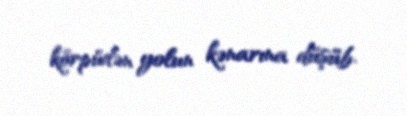
körpüdən yolun kənarına düşüb.